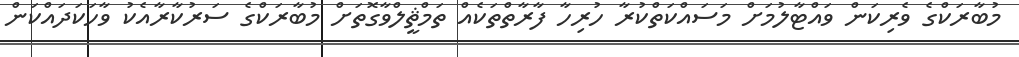
މުބާރަކްގެ ވެރިކަން ވައްޓާލުމަށް މަސައްކަތްކުރާ ހުރިހާ ފާރާތްތަކެއް ތަމްޘީލްވާގޮތަށް މުބާރަކްގެ ސަރުކާރާއެކު ވާހަކަދައްކަން